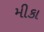
મીકા